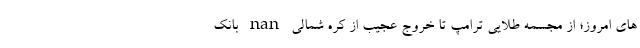
های امروز؛ از مجسمه طلایی ترامپ تا خروج عجیب از کره شمالی nan بانک